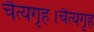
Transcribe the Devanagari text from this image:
चैत्यगृह।चैत्यगृहे